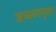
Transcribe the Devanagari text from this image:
अध्ययनानुसार